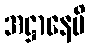
အဋ္ဌာနေပိ